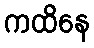
ကထိနေ